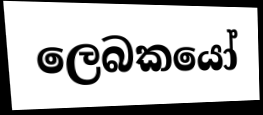
ලෙබකයෝ